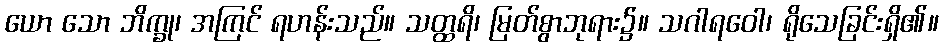
ယော သော ဘိက္ခု၊ အကြင် ရဟန်းသည်။ သတ္ထရိ၊ မြတ်စွာဘုရား၌။ သဂါရဝေါ၊ ရိုသေခြင်းရှိ၏။